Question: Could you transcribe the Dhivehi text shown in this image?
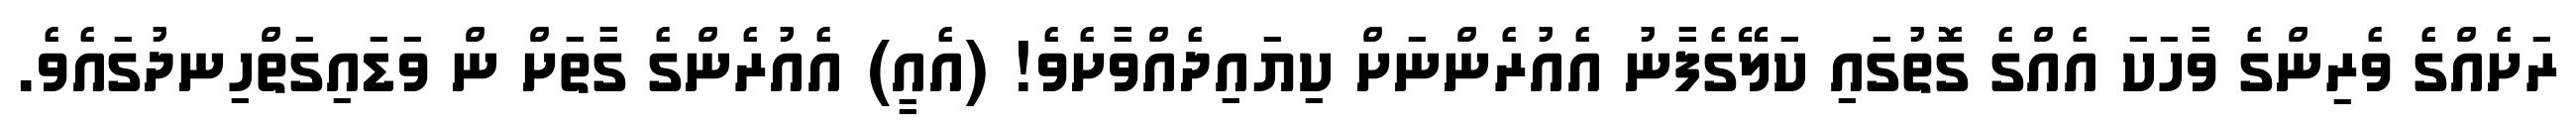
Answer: ރަށެއްގެ ވެރިންގެ ވާހަކަ އެއްގެ ގޮތުގައި ކަލޭގެފާނު އެއުރެންނަށް ކިޔައިދެއްވާށެވެ! (އެއީ) އެއުރެންގެ ގާތަށް ން ވަޑައިގަތްހިނދުގައެވެ.